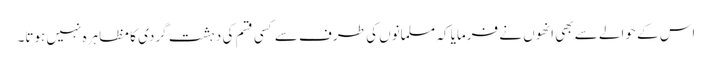
اس کے حوالے سے بھی انھوں نے فرمایا کہ مسلمانوں کی طرف سے کسی قسم کی دہشت گردی کا مظاہرہ نہیں ہوتا۔